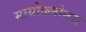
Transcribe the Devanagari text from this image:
मायोक्लोनस